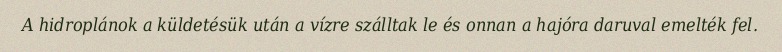
A hidroplánok a küldetésük után a vízre szálltak le és onnan a hajóra daruval emelték fel.